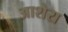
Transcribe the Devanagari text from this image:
आशेरा